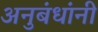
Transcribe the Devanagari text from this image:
अनुबंधांनी